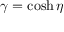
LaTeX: \gamma = \cosh \eta